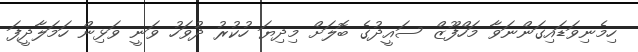
ހިމެނިވަޑައިގަންނަވާ މަހްފޫޒް ސައީދުގެ ބޮލަށް މިދިޔަ ހުކުރު ދުވަހު ވަނީ ވަޅިން ހަމަލާދީފަ